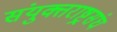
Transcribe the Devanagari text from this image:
संयुक्तराष्ट्रसंघ